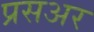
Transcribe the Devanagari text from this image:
प्रसअर